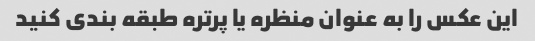
این عکس را به عنوان منظره یا پرتره طبقه بندی کنید